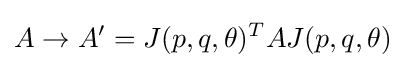
A\to A'=J(p,q,\theta )^{T}AJ(p,q,\theta )\;